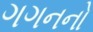
ગગનનો